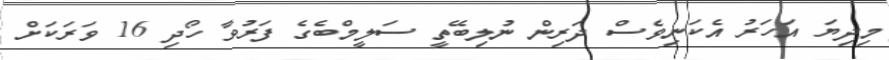
މިދިޔަ އަހަރު އެކަނިވެސް ދަރިން ނުލިބޭތީ ސަލީމްބެގެ ފަރުވާ ހޯދި 16 ވަރަކަށް